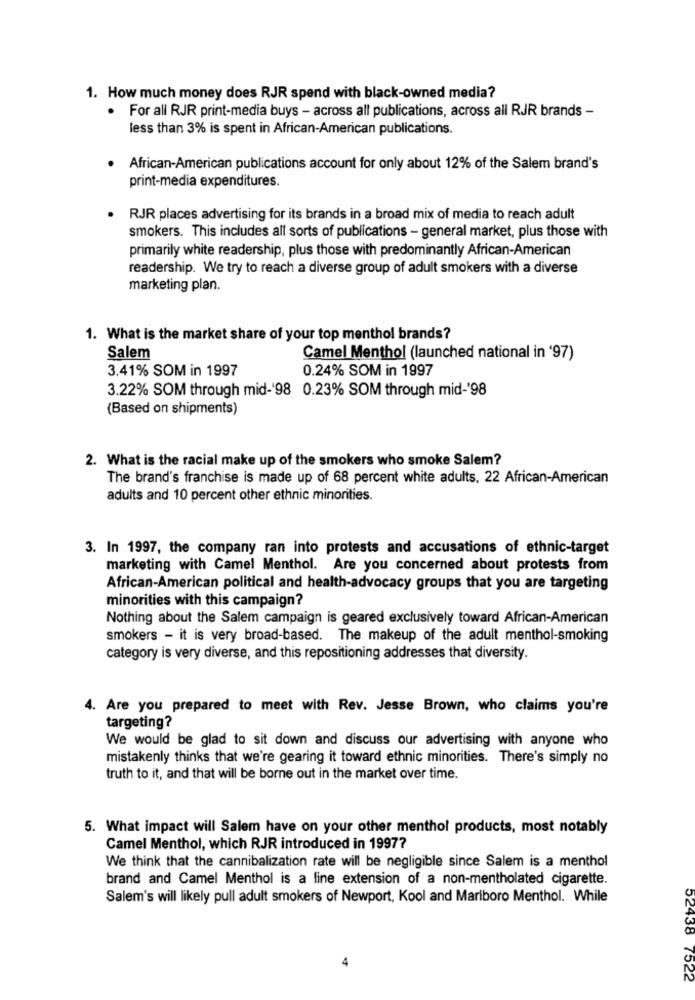
1. How much money does RJR spend with black-owned media?
For all RJR print-media buys - across all publications, across all RJR brands -
less than 3% is spent in African-American publications.
African-American publications account for only about 12% of the Salem brand's
print-media expenditures.
RJR places advertising for its brands in a broad mix of media to reach adult
smokers. This includes all sorts of publications - general market, plus those with
primarily white readership, plus those with predominantly African-American
readership. We try to reach a diverse group of adult smokers with a diverse
marketing plan.
1. What is the market share of your top menthol brands?
Salem
Camel Menthol (launched national in '97)
3.41% SOM in 1997
0.24% SOM in 1997
3.22% SOM through mid-'98 0.23% SOM through mid-'98
(Based on shipments)
2. What is the racial make up of the smokers who smoke Salem?
The brand's franchise is made up of 68 percent white adults, 22 African-American
adults and 10 percent other ethnic minorities.
3. In 1997, the company ran into protests and accusations of ethnic-target
marketing with Camel Menthol. Are you concerned about protests from
African-American political and health-advocacy groups that you are targeting
minorities with this campaign?
Nothing about the Salem campaign is geared exclusively toward African-American
smokers - it is very broad-based. The makeup of the adult menthol-smoking
category is very diverse, and this repositioning addresses that diversity.
4. Are you prepared to meet with Rev. Jesse Brown, who claims you're
targeting?
We would be glad to sit down and discuss our advertising with anyone who
mistakenly thinks that we're gearing it toward ethnic minorities. There's simply no
truth to it, and that will be borne out in the market over time.
5. What impact will Salem have on your other menthol products, most notably
Camel Menthol, which RJR introduced in 19977
We think that the cannibalization rate will be negligible since Salem is a menthol
brand and Camel Menthol is a line extension of a non-mentholated cigarette.
Salem's will likely pull adult smokers of Newport, Kool and Marlboro Menthol. While
4
52438 7522